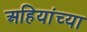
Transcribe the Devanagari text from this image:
अहियांच्या